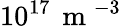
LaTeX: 10^{17}\, \mathrm{~m~}^{-3}